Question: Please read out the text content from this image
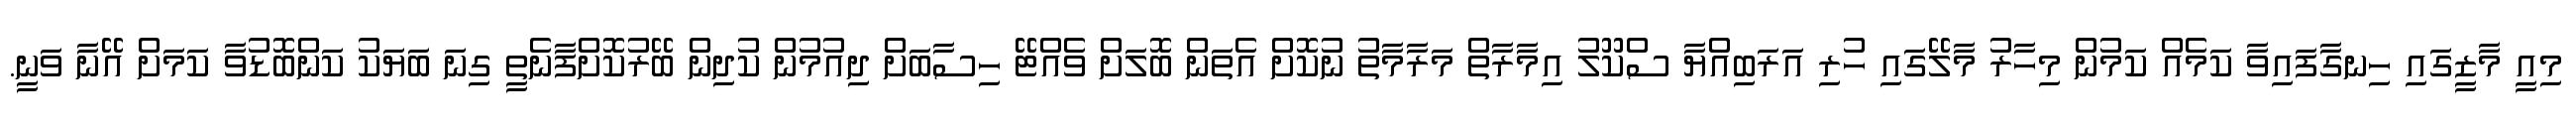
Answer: މިއީ މާޒީގައި ހިނގާފައިވާ ކަމެއް ކަމުން މިހާރު މާލޭގައި ހުރި އަރަބިއްޔާ ސްކޫލު އިމާރާތް މަރާމާތު ނުކޮށް އެތަން ބޮލަށް ވެއްޓޭ ހިސާބަށް ދިއުމުން ކުދިން ބޭރުކޮށްފާނެތީ ގިނަ ބަޔަކު ކަންބޮޑުވާ ކަމަށް އޭނާ ވަނީ.